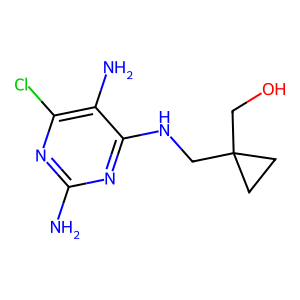
SMILES: Nc1nc(Cl)c(N)c(NCC2(CO)CC2)n1
Inhibits HIV replication: No